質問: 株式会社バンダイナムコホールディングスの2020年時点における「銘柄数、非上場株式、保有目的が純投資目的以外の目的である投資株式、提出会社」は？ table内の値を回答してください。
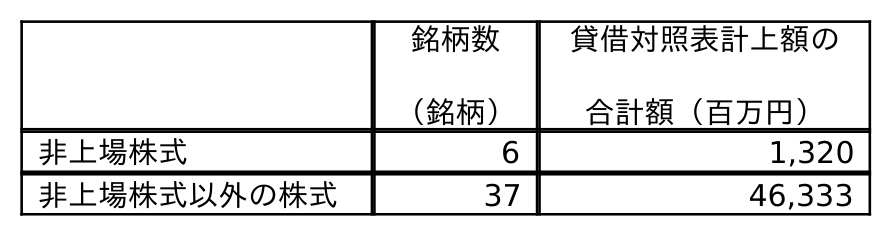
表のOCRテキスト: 銘柄数 （銘柄） 貸借対照表計上額の 合計額（百万円） 非上場株式 6 1,320 非上場株式以外の株式 37 46,333
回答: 6